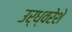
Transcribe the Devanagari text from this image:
उर्ध्वरेशे